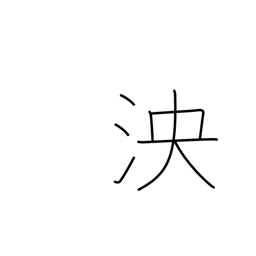
Meaning: deep and broad